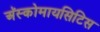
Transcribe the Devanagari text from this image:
अॅस्कोमायसिटिस